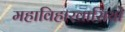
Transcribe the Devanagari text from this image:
महाविहारवासियों